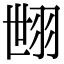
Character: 𦐞